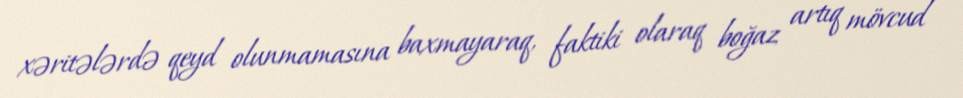
xəritələrdə qeyd olunmamasına baxmayaraq, faktiki olaraq boğaz artıq mövcud